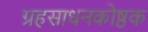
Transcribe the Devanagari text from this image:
ग्रहसाधनकोष्ठक